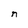
Character: n